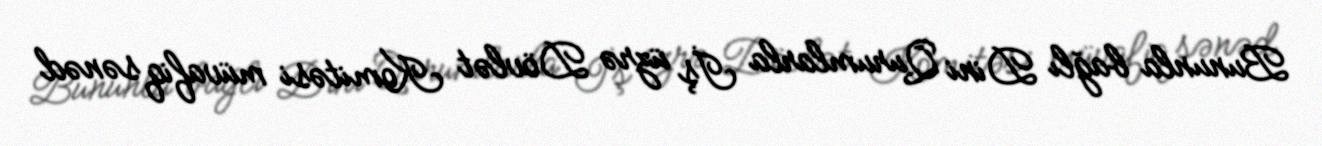
Bununla bağlı Dini Qurumlarla İş üzrə Dövlət Komitəsi müvafiq sənəd